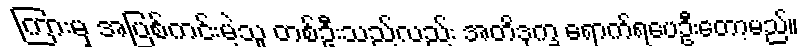
ကြားမှ အပြစ်ကင်းမဲ့သူ တစ်ဦးသည်လည်း အတိဒုက္ခ ရောက်ရပေဦးတော့မည်။